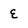
Character: E